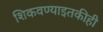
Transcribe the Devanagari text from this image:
शिकवण्याइतकीही